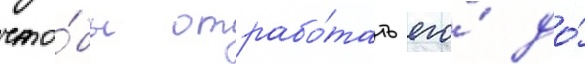
что́бы отрабо́тать его́ до́